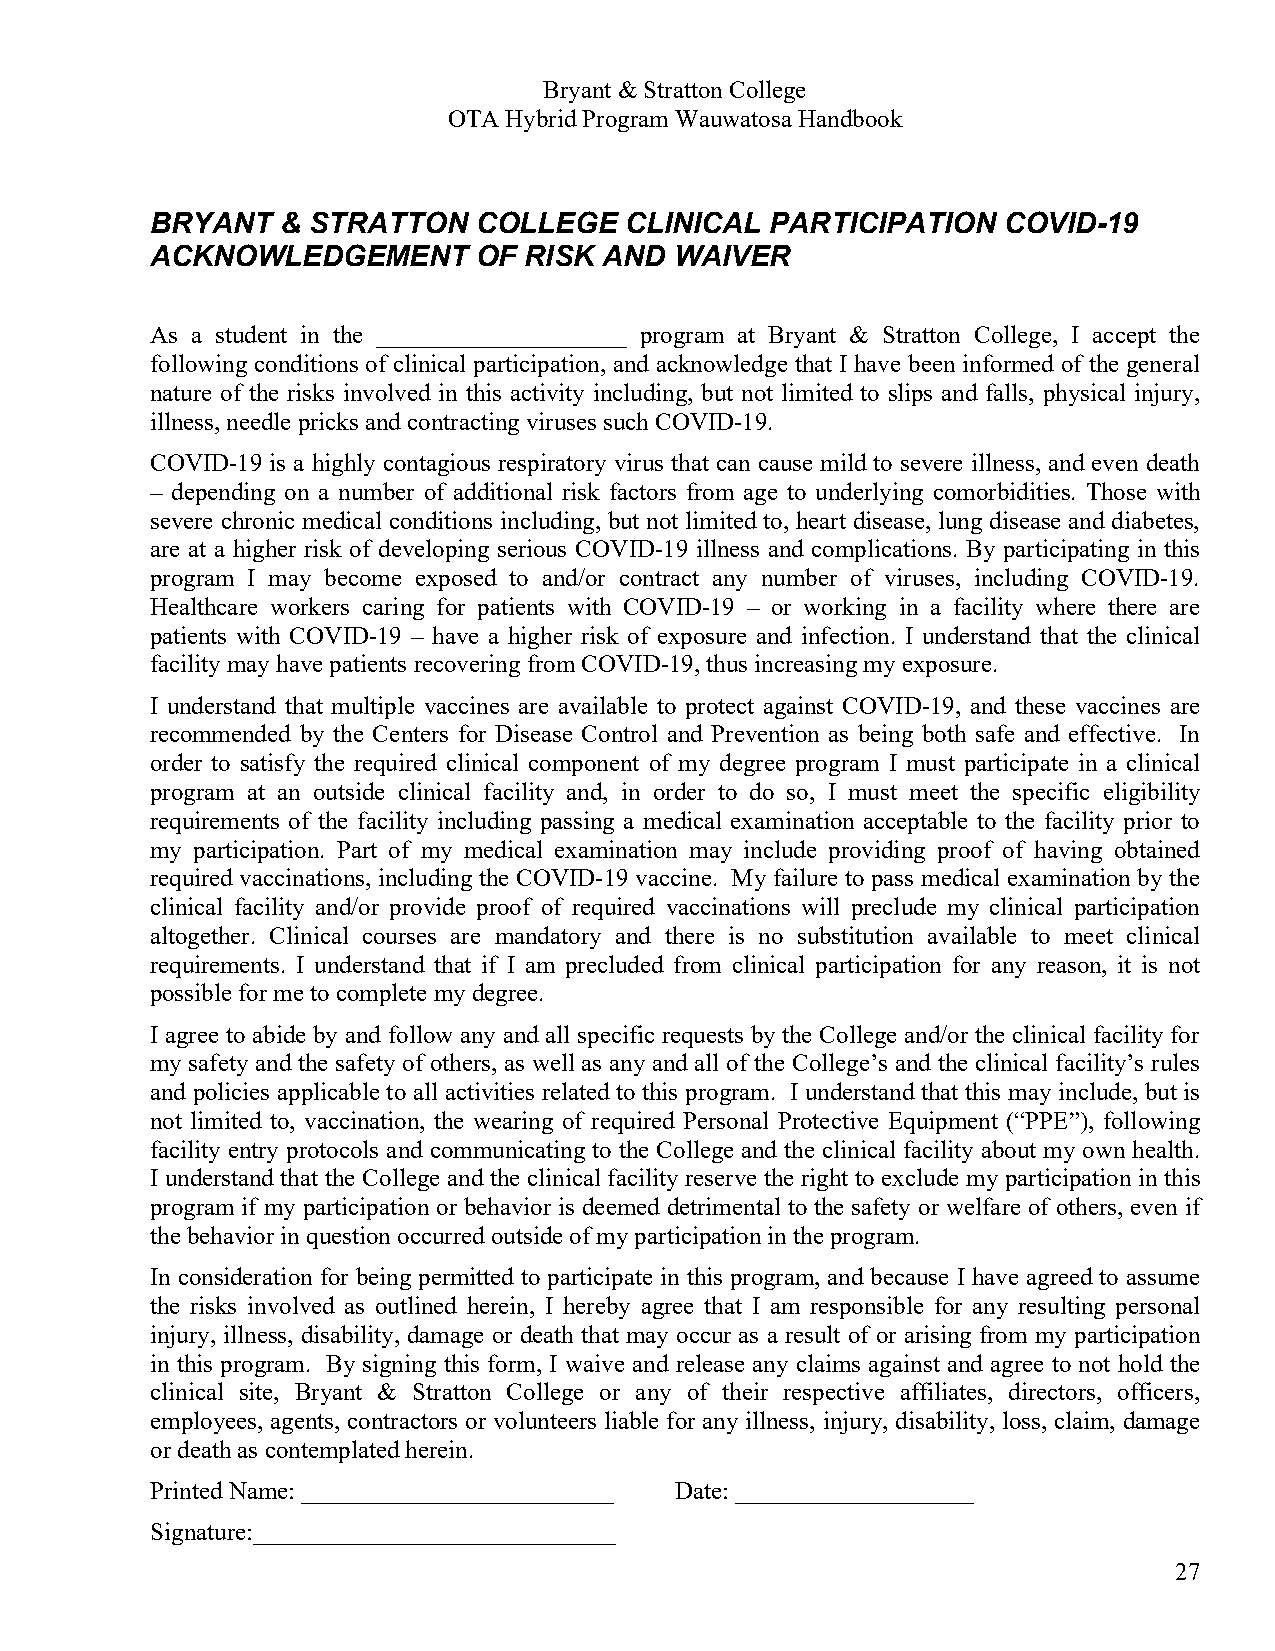
Bryant & Stratton College
 OTA Hybrid Program Wauwatosa Handbook
 BRYANT   & STRATTON  COLLEGE   CLINICAL  PARTICIPATION  COVID-19
 ACKNOWLEDGEMENT       OF RISK AND  WAIVER
 As a student in the ____________________ program at Bryant & Stratton College, I accept the
 following conditions of clinical participation, and acknowledge that I have been informed of the general
 nature of the risks involved in this activity including, but not limited to slips and falls, physical injury,
 illness, needle pricks and contracting viruses such COVID-19.
 COVID-19 is a highly contagious respiratory virus that can cause mild to severe illness, and even death
 – depending on a number of additional risk factors from age to underlying comorbidities. Those with
 severe chronic medical conditions including, but not limited to, heart disease, lung disease and diabetes,
 are at a higher risk of developing serious COVID-19 illness and complications. By participating in this
 program I may become exposed to and/or contract any number of viruses, including COVID-19.
 Healthcare workers caring for patients with COVID-19 – or working in a facility where there are
 patients with COVID-19 – have a higher risk of exposure and infection. I understand that the clinical
 facility may have patients recovering from COVID-19, thus increasing my exposure.
 I understand that multiple vaccines are available to protect against COVID-19, and these vaccines are
 recommended by the Centers for Disease Control and Prevention as being both safe and effective. In
 order to satisfy the required clinical component of my degree program I must participate in a clinical
 program at an outside clinical facility and, in order to do so, I must meet the specific eligibility
 requirements of the facility including passing a medical examination acceptable to the facility prior to
 my participation. Part of my medical examination may include providing proof of having obtained
 required vaccinations, including the COVID-19 vaccine. My failure to pass medical examination by the
 clinical facility and/or provide proof of required vaccinations will preclude my clinical participation
 altogether. Clinical courses are mandatory and there is no substitution available to meet clinical
 requirements. I understand that if I am precluded from clinical participation for any reason, it is not
 possible for me to complete my degree.
 I agree to abide by and follow any and all specific requests by the College and/or the clinical facility for
 my safety and the safety of others, as well as any and all of the College’s and the clinical facility’s rules
 and policies applicable to all activities related to this program. I understand that this may include, but is
 not limited to, vaccination, the wearing of required Personal Protective Equipment (“PPE”), following
 facility entry protocols and communicating to the College and the clinical facility about my own health.
 I understand that the College and the clinical facility reserve the right to exclude my participation in this
 program if my participation or behavior is deemed detrimental to the safety or welfare of others, even if
 the behavior in question occurred outside of my participation in the program.
 In consideration for being permitted to participate in this program, and because I have agreed to assume
 the risks involved as outlined herein, I hereby agree that I am responsible for any resulting personal
 injury, illness, disability, damage or death that may occur as a result of or arising from my participation
 in this program. By signing this form, I waive and release any claims against and agree to not hold the
 clinical site, Bryant & Stratton College or any of their respective affiliates, directors, officers,
 employees, agents, contractors or volunteers liable for any illness, injury, disability, loss, claim, damage
 or death as contemplated herein.
 Printed Name: _________________________ Date: ___________________
 Signature:_____________________________
 27